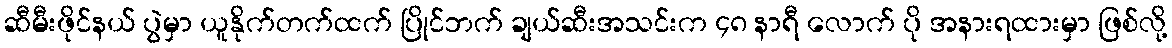
ဆီမီးဖိုင်နယ် ပွဲမှာ ယူနိုက်တက်ထက် ပြိုင်ဘက် ချယ်ဆီးအသင်းက ၄၈ နာရီ လောက် ပို အနားရထားမှာ ဖြစ်လို့